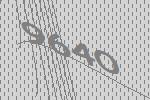
9640